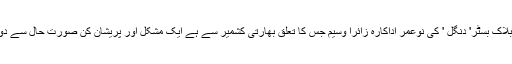
بالی ووڈ بلاک بسٹر' دنگل ' کی نوعمر اداکارہ زائرا وسیم جس کا تعلق بھارتی کشمیر سے ہے ایک مشکل اور پریشان کن صورتِ حال سے دوچار ہے۔